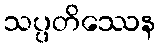
သပ္ပတိဿေန